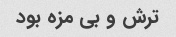
ترش و بی مزه بود